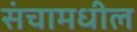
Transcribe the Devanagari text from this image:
संचामधील